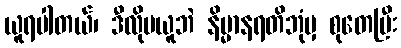
ယူရပါတယ်၊ ဒီလိုမယူဘဲ နိမ္မာနရတိဘုံမှ စုတေပြီး